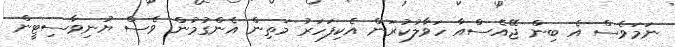
ނަމަވެސް އެ ބިން ޖޭއެސްއާ ހަވާލުކުރަން އެކިފަހަރު މަތިން އެންގުމުން ވެސް ޔުނިވާސިޓީން